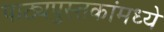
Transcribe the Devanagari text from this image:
पाठ्यपुस्तकांमध्ये